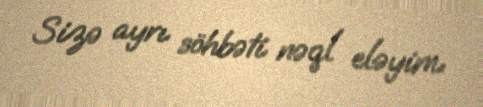
Sizə ayrı söhbəti nəql eləyim.